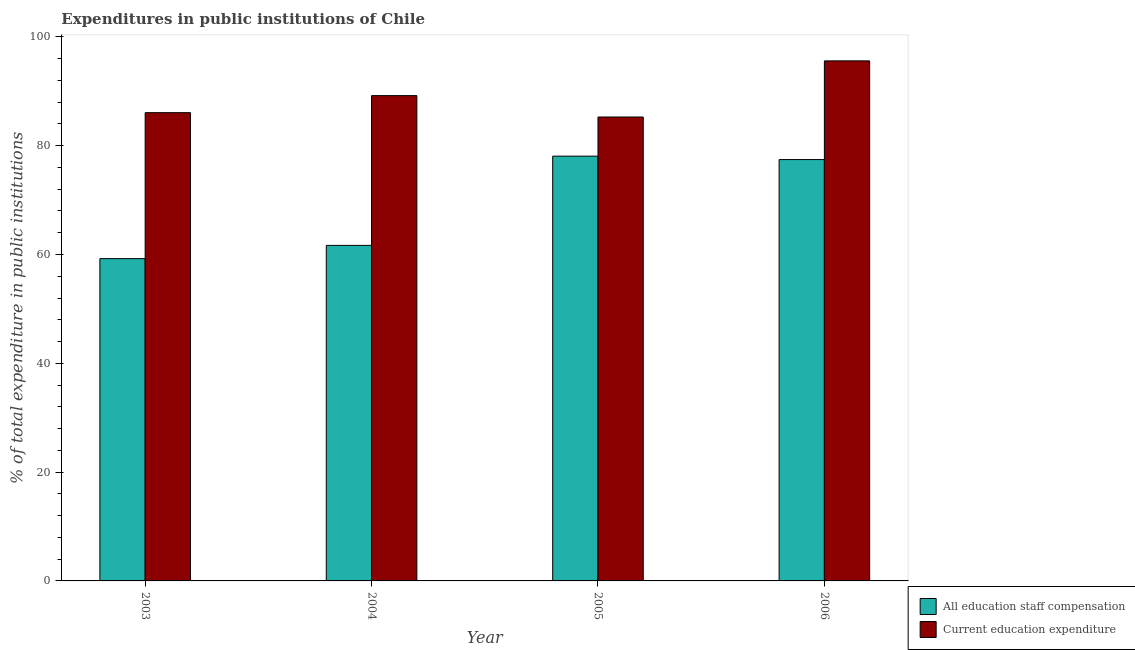
| Year | All education staff compensation | Current education expenditure |
 | --- | --- | --- |
 | 2003 | 59.2 | 86.1 |
 | 2004 | 61.7 | 89.2 |
 | 2005 | 78.1 | 85.3 |
 | 2006 | 77.4 | 95.6 |